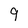
Character: 9